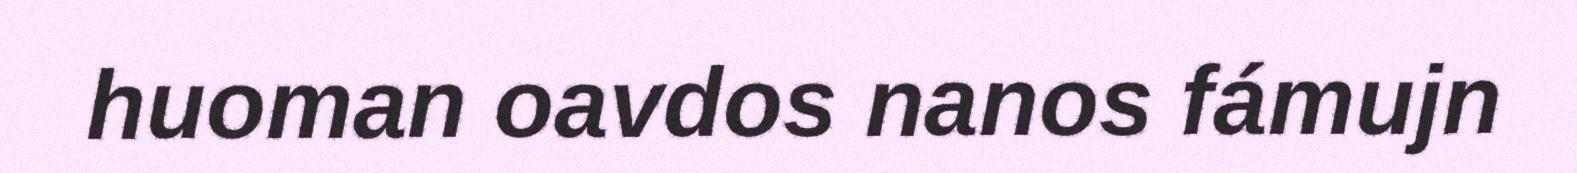
huoman oavdos nanos fámujn